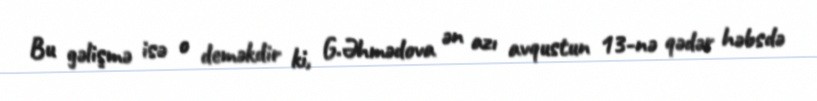
Bu gəlişmə isə o deməkdir ki, G.Əhmədova ən azı avqustun 13-nə qədər həbsdə